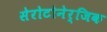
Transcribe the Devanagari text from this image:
सेरोटोनेर्जिक